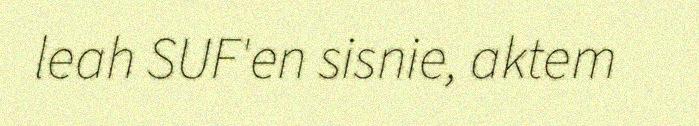
leah SUF'en sisnie, aktem